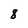
Character: 8